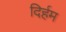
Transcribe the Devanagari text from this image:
दिर्हम